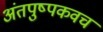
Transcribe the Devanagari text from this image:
अंतपुष्पकवच